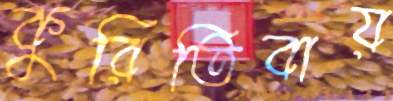
কুরিতিবায়